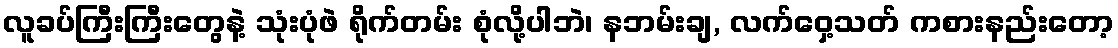
လူခပ်ကြီးကြီးတွေနဲ့ သုံးပုံဖဲ ရိုက်တမ်း စုံလို့ပါဘဲ၊ နဘမ်းချ, လက်ဝှေ့သတ် ကစားနည်းတော့